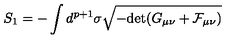
S _ { 1 } = - \int d ^ { p + 1 } \sigma \sqrt { - \mathrm { \mathrm { d e t } } ( G _ { \mu \nu } + { \cal F } _ { \mu \nu } ) }